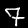
Digit: 7